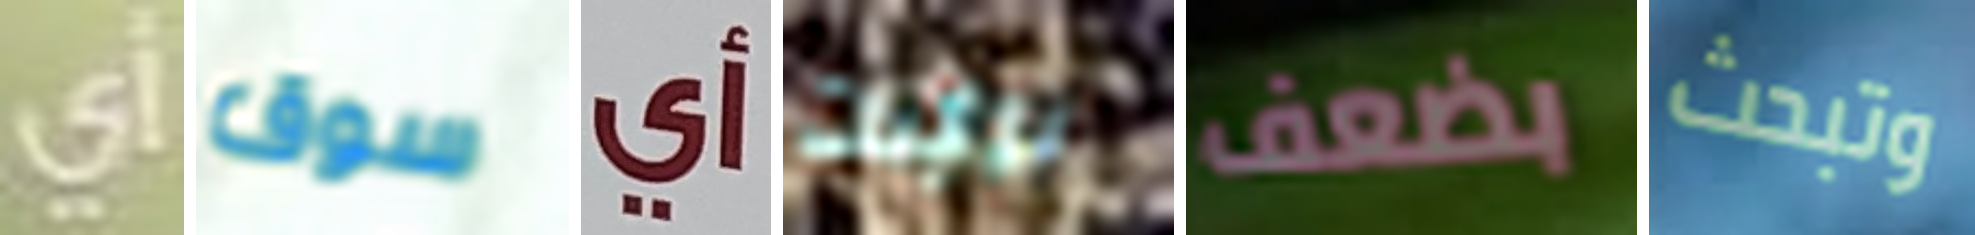
أي سوق أي براينت بضعف وتبحث